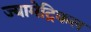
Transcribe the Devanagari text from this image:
ज्यामेट्रिकल